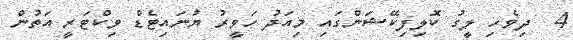
4  ދިވެހި ލީގު ކޮލިފިކޭޝަންގައި މިއަދު ހަވީރު ޔުނައިޓެޑް ވިކްޓަރީ އަތުން